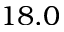
1 8 . 0